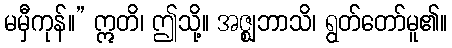
မမှီကုန်။” ဣတိ၊ ဤသို့။ အဇ္ဈဘာသိ၊ ရွတ်တော်မူ၏။